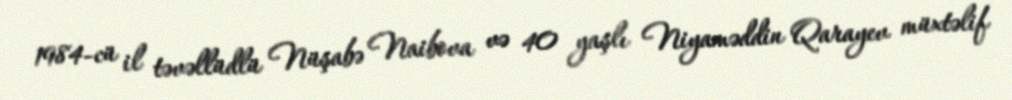
1984-cü il təvəllüdlü Nüşabə Naibova və 40 yaşlı Niyaməddin Qarayev müxtəlif